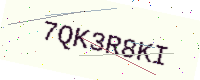
Text: 7QK3R8KI